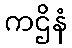
ကဌိနံ